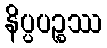
နိပ္ပပဉ္စဿ